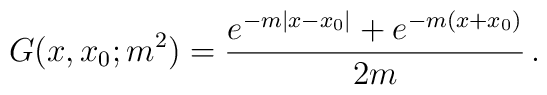
G(x,x_0;m^2)=\frac{e^{-m|x-x_0|}+e^{-m(x+x_0)}}{2m}\, .